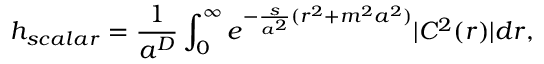
h _ { s c a l a r } = \frac { 1 } { a ^ { D } } \int _ { 0 } ^ { \infty } e ^ { - \frac { s } { a ^ { 2 } } ( r ^ { 2 } + m ^ { 2 } a ^ { 2 } ) } | C ^ { 2 } ( r ) | d r ,